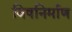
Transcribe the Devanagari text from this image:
विषनिर्माण